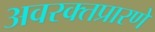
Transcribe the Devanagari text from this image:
अवरक्तप्रारणे